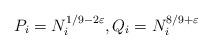
LaTeX: \begin{align*}P_{i}=N_{i}^{1/9-2\varepsilon}, Q_{i}=N_{i}^{8/9+\varepsilon}\end{align*}